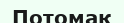
Потомак